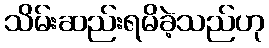
သိမ်းဆည်းရမိခဲ့သည်ဟု